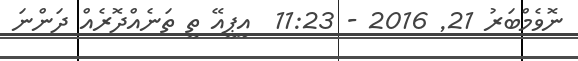
ނޮވެމްބަރު 21